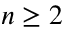
n \ge 2